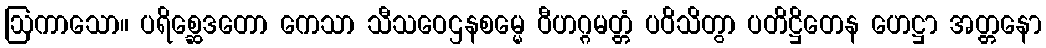
ဩကာသော။ ပရိစ္ဆေဒတော ကေသာ သီသဝေဌနစမ္မေ ဝီဟဂ္ဂမတ္တံ ပဝိသိတွာ ပတိဋ္ဌိတေန ဟေဋ္ဌာ အတ္တနော